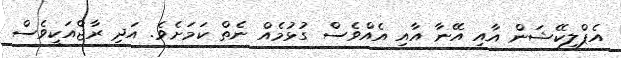
އެޕްލިކޭޝަން އާއި އޭނާ އާއި އެއްވެސް ގުޅުމެއް ނެތް ކަމަށެވެ. އަދި ރާޖްއަކީވެސް